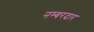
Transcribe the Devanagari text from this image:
नम्बरदार